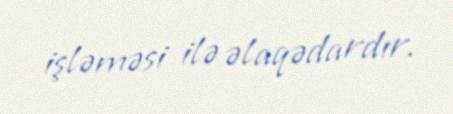
işləməsi ilə əlaqədardır.